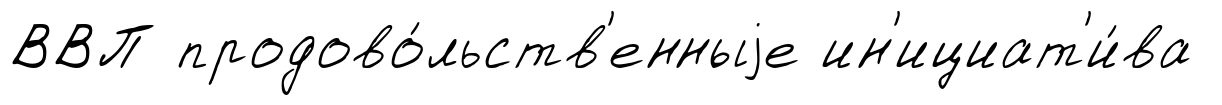
ВВП продово́льств'енныjе ин'ициат'и́ва